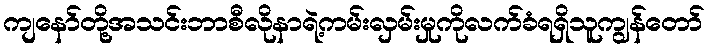
ကျနော်တို့အသင်းဘာစီလိုနာရဲ့ကမ်းလှမ်းမှုကိုလက်ခံရရှိသူကျွန်တော်